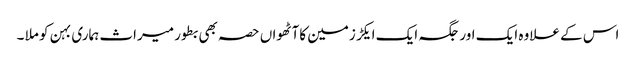
اس کے علاوہ ایک اور جگہ ایک ایکڑ زمین کاآٹھواں حصہ بھی بطور میراث ہماری بہن کو ملا ۔